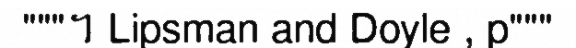
"""។ Lipsman and Doyle , p"""